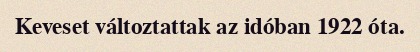
Keveset változtattak az idóban 1922 óta.